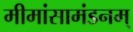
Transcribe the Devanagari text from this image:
मीमांसामंडनम्